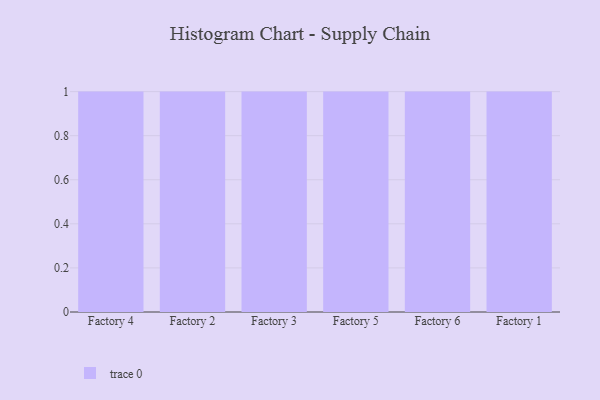
{"axis": {"x": "Factory", "y": "Active Users"}, "legend": [""], "data": [{"x": "Factory 4", "y": 64, "type": ""}, {"x": "Factory 2", "y": 60, "type": ""}, {"x": "Factory 3", "y": 90, "type": ""}, {"x": "Factory 5", "y": 90, "type": ""}, {"x": "Factory 6", "y": 24, "type": ""}, {"x": "Factory 1", "y": 62, "type": ""}]}